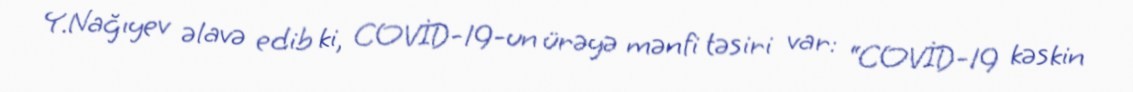
Y.Nağıyev əlavə edib ki, COVİD-19-un ürəyə mənfi təsiri var: “COVİD-19 kəskin